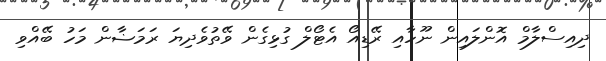
ދިއިސްލާމް އޮންލައިން ނޫހާއި ރޭޑިއޯ އެޓޯލް ގުޅިގެން ވޭތުވެދިޔަ ރަމަޟާން މަހު ބޭއްވި